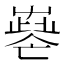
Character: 𡴧